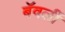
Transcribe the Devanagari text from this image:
बॅवर्ली